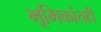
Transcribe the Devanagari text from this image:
भूमिकांतही